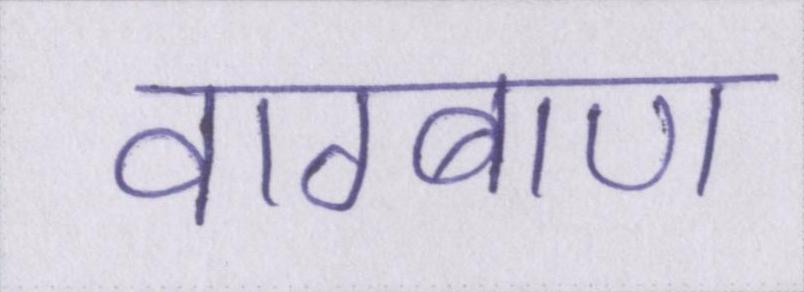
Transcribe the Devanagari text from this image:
वाग्बाण